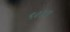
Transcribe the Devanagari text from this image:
९०४९